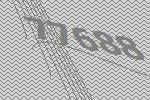
77688